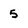
Character: 5